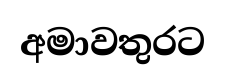
අමාවතුරට